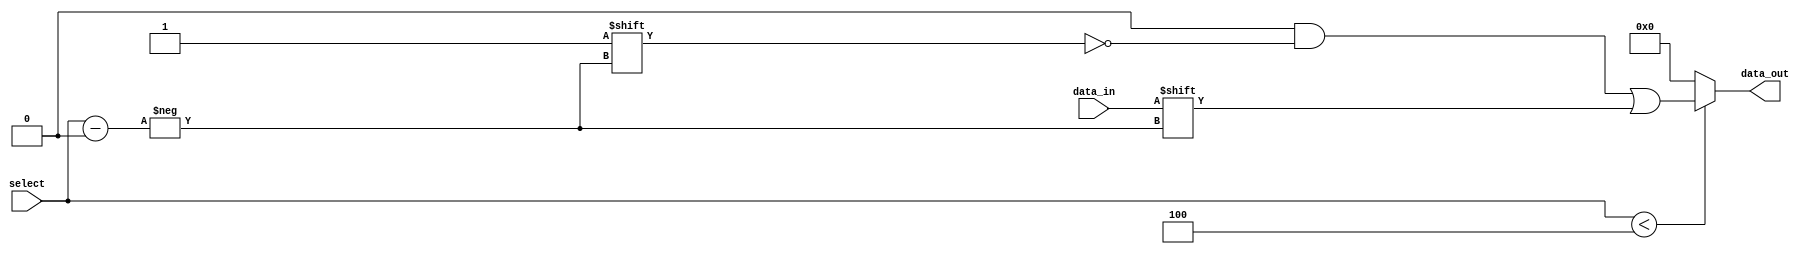
module ParameterizedDemux #(
    parameter N = 4 // Default number of outputs, can be overridden
) (
    input wire data_in,               // Input data signal
    input wire [$clog2(N)-1:0] select, // Select signal
    output reg [N-1:0] data_out       // Output data signals
);

// Always block to handle demux functionality
always @(*) begin
    // Default all outputs to low
    data_out = {N{1'b0}};
    
    // Route data_in to the selected output
    if (select < N) begin
        data_out[select] = data_in;
    end
end

endmodule